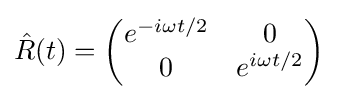
{\hat {R}}(t)={\begin{pmatrix}e^{-i{\omega }t/2}&0\\0&e^{i{\omega }t/2}\end{pmatrix}}